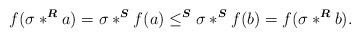
LaTeX: \begin{align*} f(\sigma\ast^{\boldsymbol{R}}a) = \sigma\ast^{\boldsymbol{S}}f(a)\leq^{\boldsymbol{S}}\sigma\ast^{\boldsymbol{S}}f(b) = f(\sigma\ast^{\boldsymbol{R}}b).\end{align*}